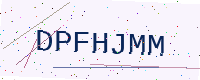
Text: DPFHJMM